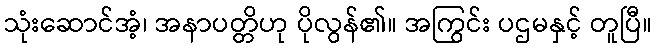
သုံးဆောင်အံ့၊ အနာပတ္တိဟု ပိုလွန်၏။ အကြွင်း ပဌမနှင့် တူပြီ။